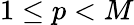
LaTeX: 1\leq p<M